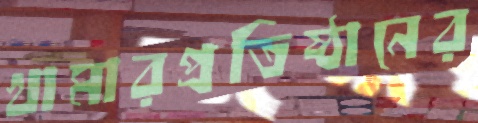
খামারপ্রতিষ্ঠানের